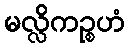
မလ္လိကဉ္စဟံ